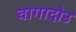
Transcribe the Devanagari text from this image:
वागादोउ